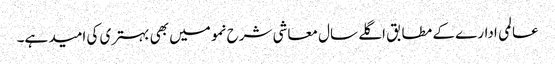
عالمی ادارے کے مطابق اگلے سال معاشی شرح نمو میں بھی بہتری کی امید ہے۔